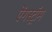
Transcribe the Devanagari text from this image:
ऐंगस्ट्रॉम